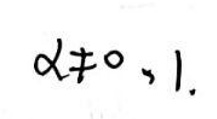
\(\alpha\neq 0,1\)